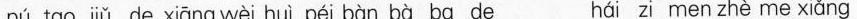
pú tao jiǔ de xiāng wèi huì péi bàn bà ba de hái zi men zhè me xiǎng